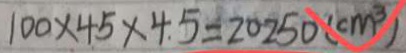
1 0 0 \times 4 5 \times 4 . 5 = 2 0 2 5 0 ( c m ^ { 3 } )